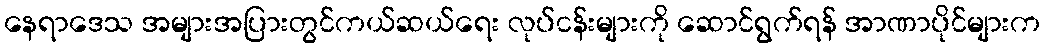
နေရာဒေသ အများအပြားတွင်ကယ်ဆယ်ရေး လုပ်ငန်းများကို ဆောင်ရွက်ရန် အာဏာပိုင်များက